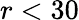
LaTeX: r<30